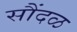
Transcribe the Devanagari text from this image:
सौंदळ